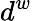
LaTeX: d^{w}